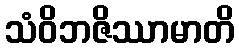
သံဝိဘဇိဿာမာတိ